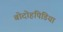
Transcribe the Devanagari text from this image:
बोदोहपिडिया